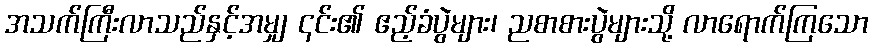
အသက်ကြီးလာသည်နှင့်အမျှ ၎င်း၏ ဧည့်ခံပွဲများ၊ ညစာစားပွဲများသို့ လာရောက်ကြသော